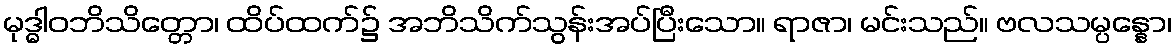
မုဒ္ဓါဝဘိသိတ္တော၊ ထိပ်ထက်၌ အဘိသိက်သွန်းအပ်ပြီးသော။ ရာဇာ၊ မင်းသည်။ ဗလသမ္ပန္နော၊